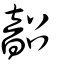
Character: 韶